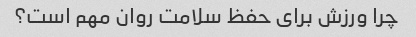
چرا ورزش برای حفظ سلامت روان مهم است؟